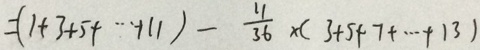
= ( 1 + 3 + 5 + \cdots + 1 1 ) - \frac { 1 1 } { 3 6 } \times ( 3 + 5 + 7 + \cdots + 1 3 )